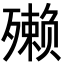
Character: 𪵇